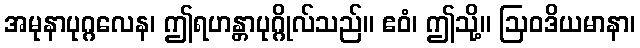
အမုနာပုဂ္ဂလေန၊ ဤရဟန္တာပုဂ္ဂိုလ်သည်။ ဧဝံ၊ ဤသို့။ ဩဝဒိယမာနာ၊